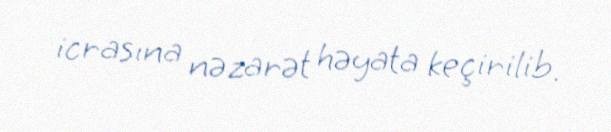
icrasına nəzarət həyata keçirilib.